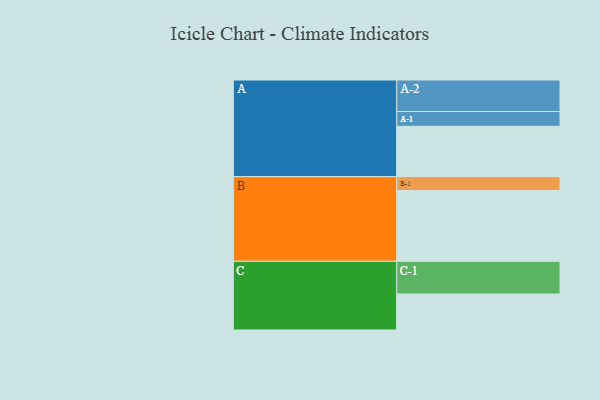
{"axis": {"x": "Segment", "y": "Value"}, "legend": ["", "A", "B", "C"], "data": [{"x": "A", "y": 425, "type": ""}, {"x": "B", "y": 598, "type": ""}, {"x": "C", "y": 304, "type": ""}, {"x": "A-1", "y": 125, "type": "A"}, {"x": "A-2", "y": 266, "type": "A"}, {"x": "B-1", "y": 117, "type": "B"}, {"x": "C-1", "y": 276, "type": "C"}]}